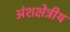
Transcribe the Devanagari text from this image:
अंशक्षेत्रीय